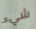
شيء